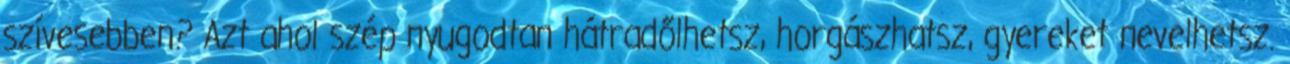
szívesebben? Azt ahol szép nyugodtan hátradőlhetsz, horgászhatsz, gyereket nevelhetsz.